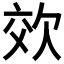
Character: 𭭉